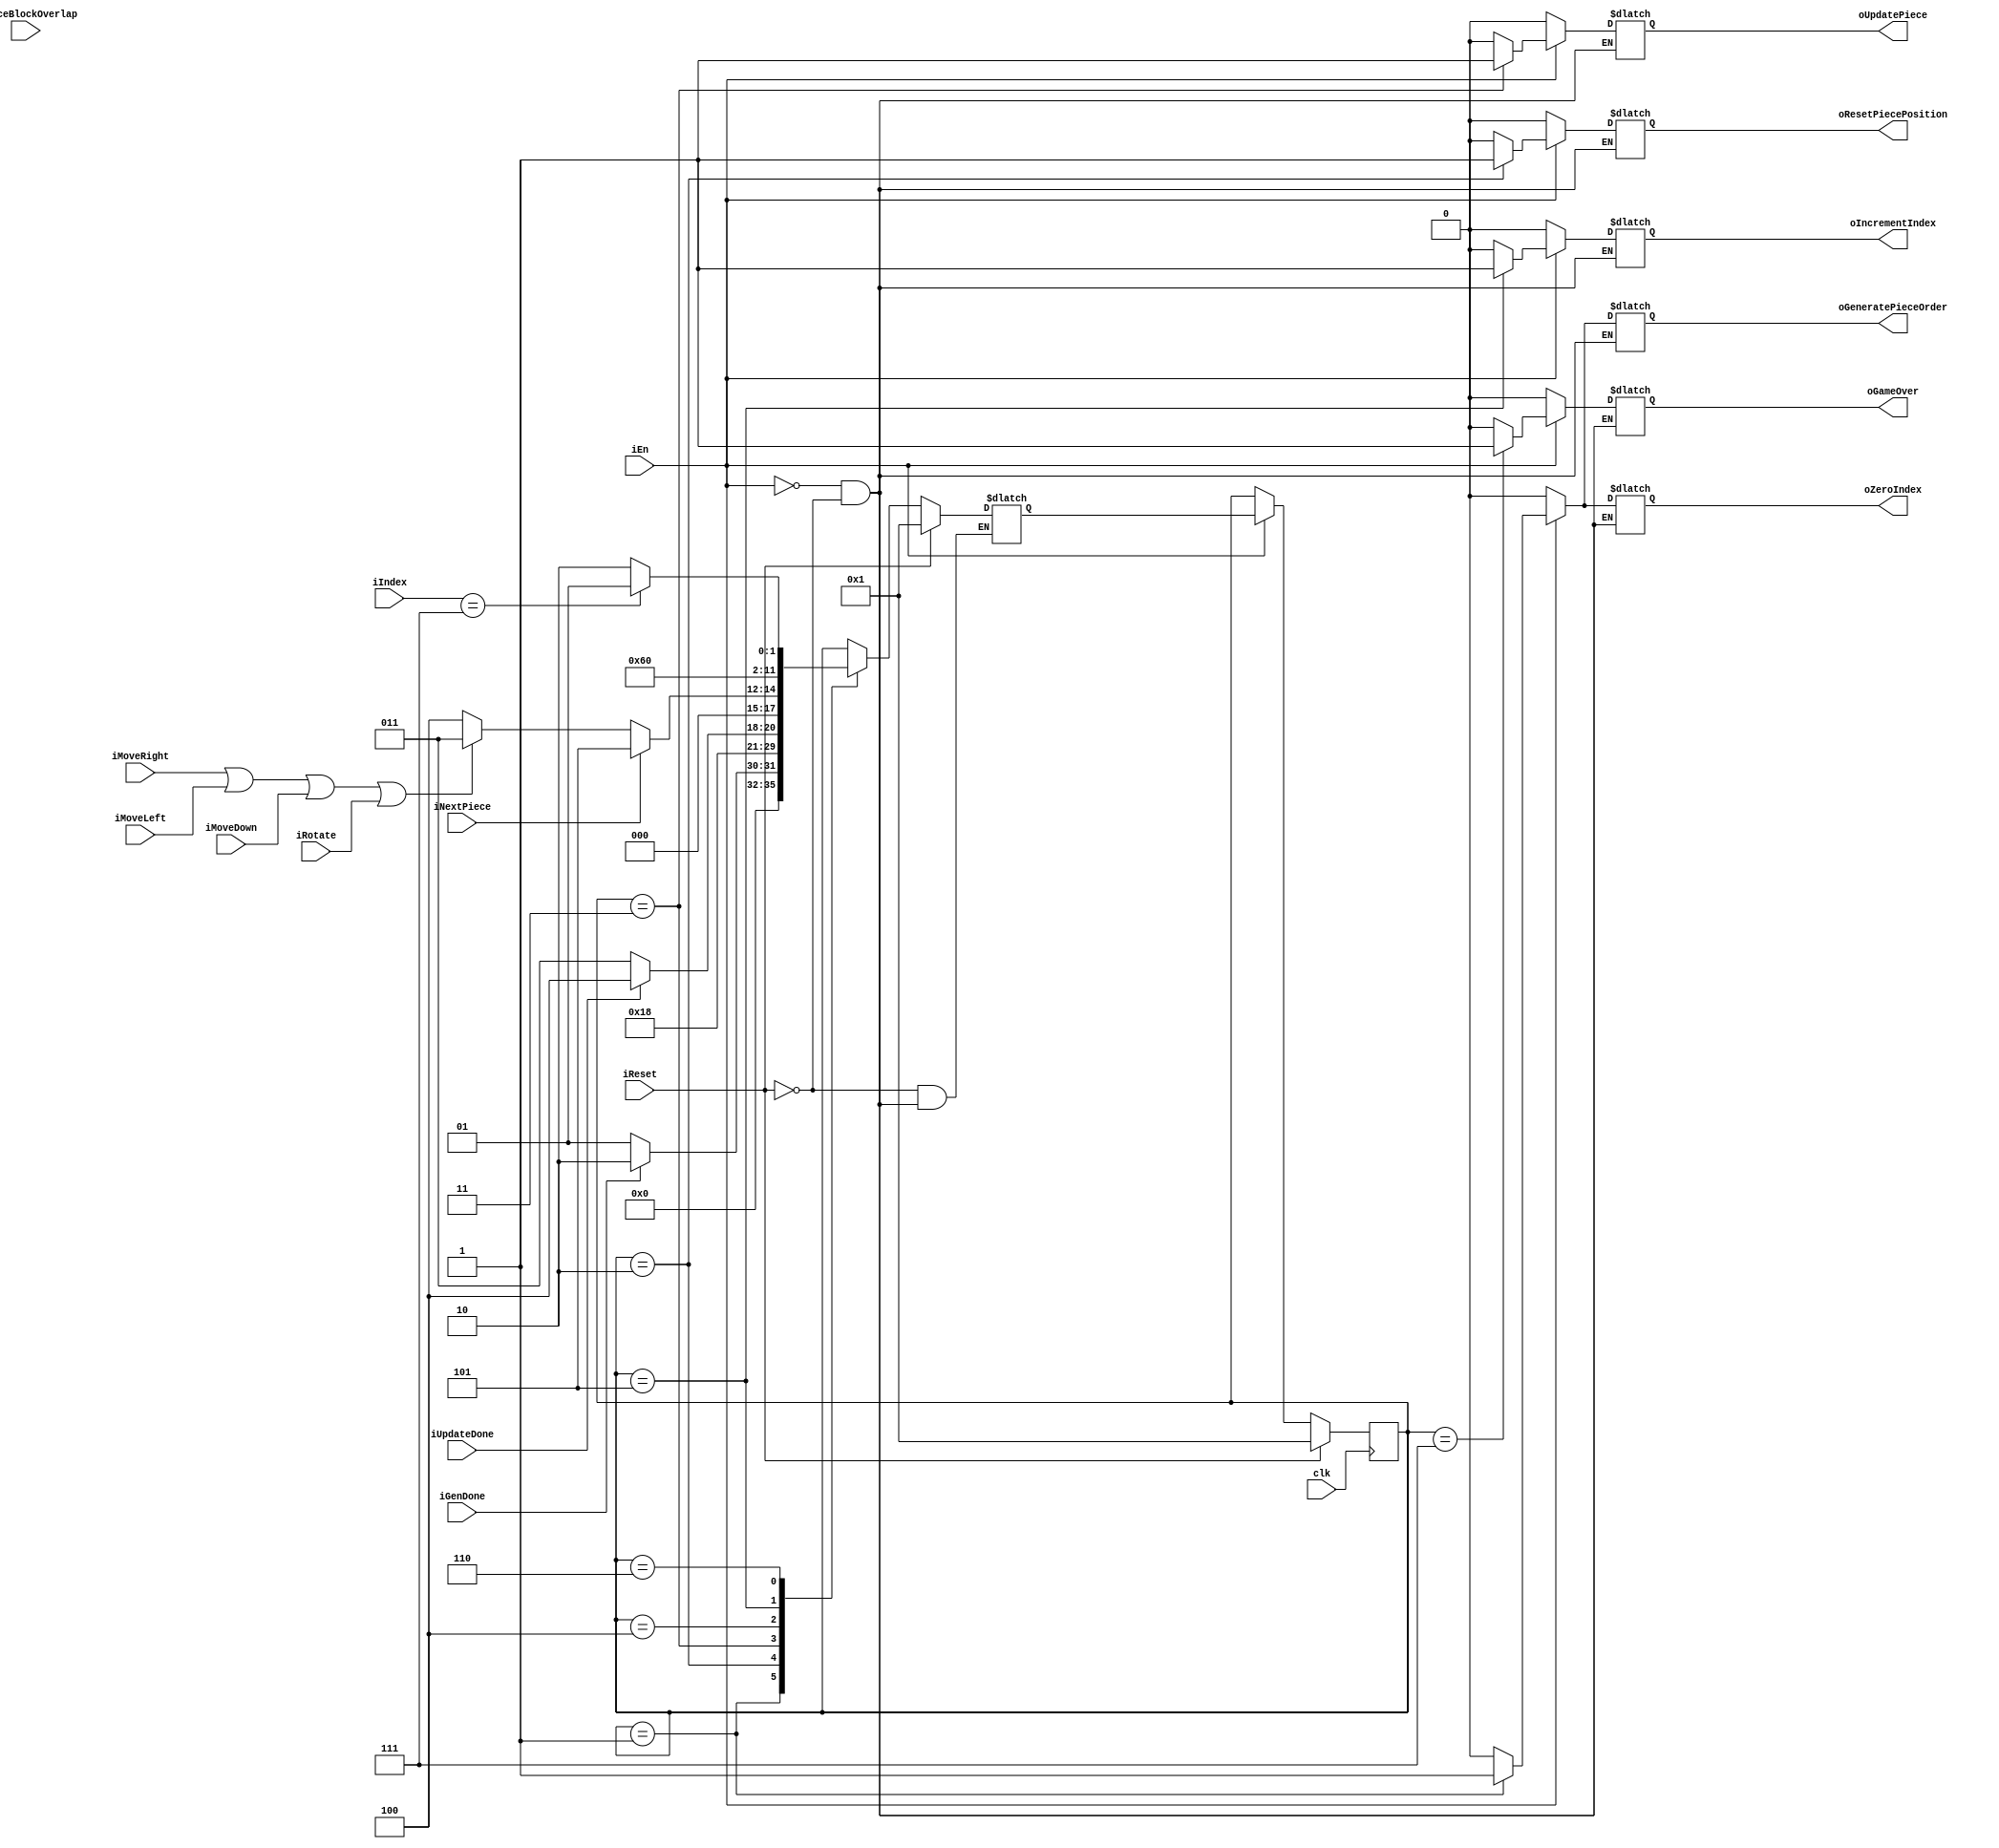
// Written by Nathan Shreve

module game_loop_control(
	input clk,
	input iReset,
	input iEn,
	
	input iMoveRight,
	input iMoveLeft,
	input iMoveDown,
	input iRotate,
	input iPieceBlockOverlap,
	
	input iGenDone, 						// done generating piece order
	input iUpdateDone,					// done updating piece and grid
	input iNextPiece,						// move to next piece in sequence
	input[2:0] iIndex,					// for iterating through array of pieces
	
	output reg oZeroIndex,				// make index 0
	output reg oIncrementIndex,		// increase index by 1
	
	output reg oGeneratePieceOrder,  // generate new piece order
	output reg oResetPiecePosition,	// move piece to (col, row) = (4,0)
	output reg oUpdatePiece, 			// update piece and grid
	output reg oGameOver
	);				
	
	reg[5:0] next_state, current_state;

	localparam S_GL_1 = 5'd1,
	           S_GL_2 = 5'd2,
	           S_GL_3 = 5'd3,
	           S_GL_4 = 5'd4,
	           S_GL_5 = 5'd5,
	           S_GL_6 = 5'd6,
				  S_GL_7 = 5'd7;
	
	// state_table
	always@(*)
	begin: state_table
		if (iReset) next_state = S_GL_1;
		else if (iEn) begin
			case (current_state)
				S_GL_1: begin
					if   (iGenDone) next_state = S_GL_2;
					else 			    next_state = S_GL_1;
				end
				
				S_GL_2: next_state = S_GL_3;
				
				S_GL_3: begin
				   /* if      (iPieceBlockOverlap) next_state = S_GL_7;
					else */ if (iUpdateDone) 		  next_state = S_GL_4;
					else 				    			     next_state = S_GL_3;
				end
				
				S_GL_4: begin
					if 	  (iNextPiece) 											 next_state = S_GL_5;
					else if (iMoveRight | iMoveLeft | iMoveDown | iRotate) next_state = S_GL_3;
					else 																	 next_state = S_GL_4;
				end
				
				S_GL_5: next_state = S_GL_6;
				
				S_GL_6: begin
					if   (iIndex == 7) next_state = S_GL_1;
					else 				    next_state = S_GL_2;
				end
				
				default: next_state = current_state;
			endcase
		end
	end // state_table
	
	// output_signals
	always@(*)
	begin: output_signals
		if (iReset) begin
			oGeneratePieceOrder = 0;
			oResetPiecePosition = 0;
			oUpdatePiece		  = 0;
			oZeroIndex 			  = 0;
			oIncrementIndex 	  = 0;
			oGameOver			  = 0;
		end
		
		if (iEn) begin
			oGeneratePieceOrder = 0;
			oUpdatePiece		  = 0;
			oZeroIndex 			  = 0;
			oIncrementIndex 	  = 0;
			oResetPiecePosition = 0;
			oGameOver			  = 0;
			
			case (current_state)
				S_GL_1: begin
					oZeroIndex 			  = 1;
					oGeneratePieceOrder = 1;
				end
				
				S_GL_2: oResetPiecePosition = 1;
				
				S_GL_3: oUpdatePiece = 1;
				
				S_GL_5: oIncrementIndex = 1;
				
				S_GL_7: oGameOver = 1;
			endcase
		end
	end // output_signals
	
	// state_FFs
	always@(posedge clk)
   begin: state_FFs
		if (iReset) current_state <= S_GL_1;
		else if (iEn) current_state <= next_state;
   end // state_FFs
endmodule // game_loop_control


module game_loop_datapath(
	input clk,
	input iReset,
	input iEn,
	
	input iZeroIndex,
	input iIncrementIndex,
	
	output reg[2:0] oIndex
	);
	
	// register logic
	always@(posedge clk) begin
		if (iReset) oIndex <= 0;
		else if (iEn) begin
			if (iZeroIndex) oIndex <= 0;
			
			if (iIncrementIndex) oIndex <= oIndex + 1;
		end
	end
endmodule


module game_loop_top_level( // highest-level game loop that speaks to other FSMs
	input clk,
	input iReset,
	input iEn,
	
	input iMoveRight,
	input iMoveLeft,
	input iMoveDown,
	input iRotate,
	
	input iGenDone,
	input iUpdateDone,
	input iNextPiece,
	input iPieceBlockOverlap,
	
	output oGeneratePieceOrder,
	output oResetPiecePosition,
	output oUpdatePiece,
	output[2:0] oIndex,
	output oGameOver
	);
	
	wire zeroIndex;
	wire incrementIndex;
	
	game_loop_control GL_control(
		.clk(clk),
		.iReset(iReset),
		.iEn(iEn),
		
		.iMoveRight(iMoveRight),
		.iMoveLeft(iMoveLeft),
		.iMoveDown(iMoveDown),
		.iRotate(iRotate),
		.iPieceBlockOverlap(iPieceBlockOverlap),
		
		.iGenDone(iGenDone),
		.iUpdateDone(iUpdateDone),
		.iNextPiece(iNextPiece),
		.iIndex(oIndex),
		
		.oZeroIndex(zeroIndex),
		.oIncrementIndex(incrementIndex),
		
		.oGeneratePieceOrder(oGeneratePieceOrder),
		.oResetPiecePosition(oResetPiecePosition),
		.oUpdatePiece(oUpdatePiece),
		.oGameOver(oGameOver)
		);
		
	game_loop_datapath GL_datapath(
		.clk(clk),
		.iReset(iReset),
		.iEn(iEn),
		
		.iZeroIndex(zeroIndex),
		.iIncrementIndex(incrementIndex),
		
		.oIndex(oIndex)
		);
endmodule